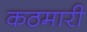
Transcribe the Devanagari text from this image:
कठमारी